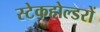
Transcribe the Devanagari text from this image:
स्टेकहोल्डरों